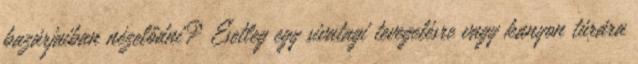
bazárjaiban nézelődni? Esetleg egy sivatagi tevegelésre vagy kanyon túrára